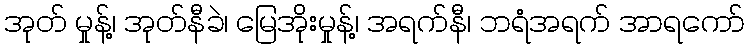
အုတ် မှုန့်၊ အုတ်နီခဲ၊ မြေအိုးမှုန့်၊ အရက်နီ၊ ဘရံအရက် အာရကော်